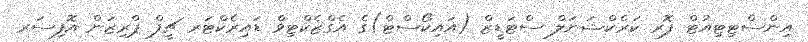
އިންސްޓިޓިއުޓް ފޮރ ކަރެކްޝަނަލް ސްޓަޑީޒް (އައިކޯސްޓް)ގެ އެގްޒެކްޓިވް ޑައިރެކްޓަރ ޗީފް ޕްރިޒަން އޮފިސަރ